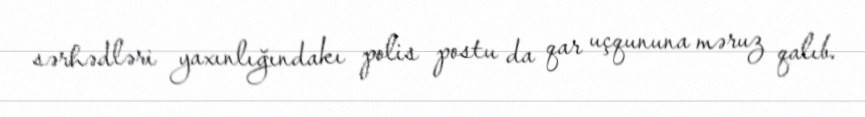
sərhədləri yaxınlığındakı polis postu da qar uçqununa məruz qalıb.